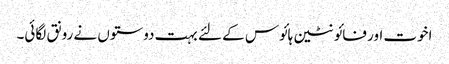
اخوت اور فائونٹین ہائوس کے لئے بہت دوستوں نے رونق لگائی۔